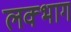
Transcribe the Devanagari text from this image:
लक्भाग